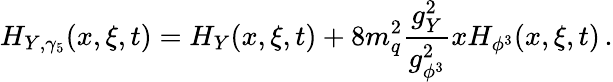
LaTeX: H_{Y,\gamma_{5}}(x,\xi,t)=H_{Y}(x,\xi,t)+8m_{q}^{2}\frac{g_{Y}^{2}}{g_{\phi^{3}}^{2}}xH_{\phi^{3}}(x,\xi,t)\, .